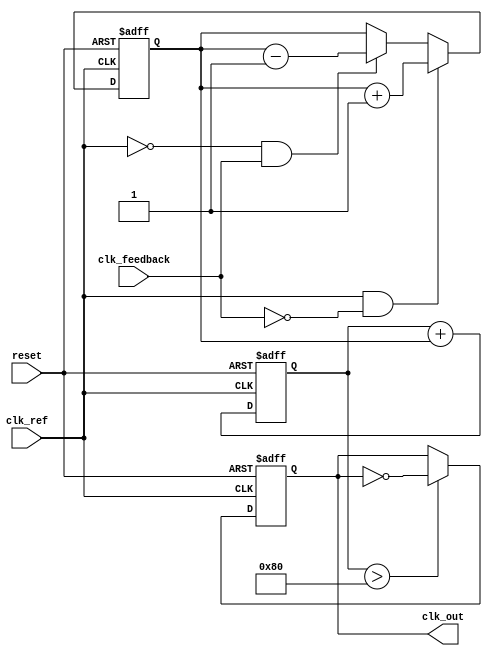
module PLL (
    input wire clk_ref,          // Reference clock input
    input wire clk_feedback,     // Feedback clock input from VCO
    input wire reset,            // Reset signal
    output reg clk_out           // Output clock signal
);

    // Parameters
    parameter PHASE_WIDTH = 8;   // Width for phase information
    parameter MEMORY_DEPTH = 16;  // Depth of memory blocks

    // Internal signals
    reg [PHASE_WIDTH-1:0] phase_error;  // Phase error signal
    reg [PHASE_WIDTH-1:0] control_voltage; // Control voltage for VCO
    reg [PHASE_WIDTH-1:0] memory [0:MEMORY_DEPTH-1]; // Memory blocks for phase information
    reg [3:0] mem_index; // Memory index for storing phase information

    // Phase Detector
    always @(posedge clk_ref or posedge reset) begin
        if (reset) begin
            phase_error <= 0;
        end else begin
            // Simple phase detection logic (example)
            if (clk_ref && !clk_feedback) begin
                phase_error <= phase_error + 1; // Phase leads
            end else if (!clk_ref && clk_feedback) begin
                phase_error <= phase_error - 1; // Phase lags
            end
        end
    end

    // Loop Filter (Simple Integrator)
    always @(posedge clk_ref or posedge reset) begin
        if (reset) begin
            control_voltage <= 0;
        end else begin
            control_voltage <= control_voltage + phase_error; // Integrate phase error
        end
    end

    // Voltage-Controlled Oscillator (VCO)
    always @(posedge clk_ref or posedge reset) begin
        if (reset) begin
            clk_out <= 0;
        end else begin
            // Simple VCO logic (example)
            if (control_voltage > 128) begin
                clk_out <= ~clk_out; // Toggle output clock based on control voltage
            end
        end
    end

    // Memory Blocks for Phase Information
    always @(posedge clk_ref or posedge reset) begin
        if (reset) begin
            mem_index <= 0;
        end else begin
            // Store phase error in memory
            memory[mem_index] <= phase_error;
            mem_index <= (mem_index + 1) % MEMORY_DEPTH; // Circular buffer
        end
    end

endmodule